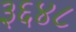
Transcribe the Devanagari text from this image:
३६४८